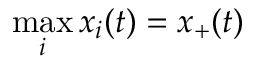
\operatorname* { m a x } _ { i } x _ { i } ( t ) = x _ { + } ( t )